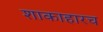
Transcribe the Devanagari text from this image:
शाकाहारच